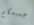
جميعكم